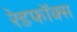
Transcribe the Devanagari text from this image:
रेडफॉक्स